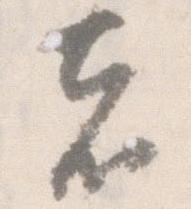
者